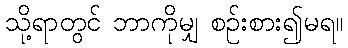
သို့ရာတွင် ဘာကိုမျှ စဉ်းစား၍မရ။